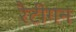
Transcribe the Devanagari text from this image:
रैटीगन